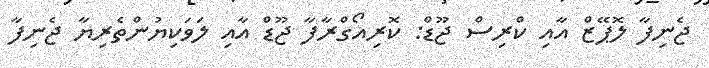
ޖެނިފާ ލޮޕޭޒް އާއި ކްރިސް ޖޫޑް: ކޮރިއޯގްރާފާ ޖޫޑް އާއި ލަވަކިޔުންތެރިޔާ ޖެނިފާ